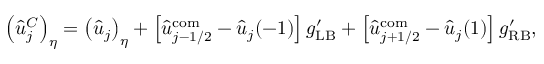
\left( \hat { u } _ { j } ^ { C } \right) _ { \eta } = \left( \hat { u } _ { j } \right) _ { \eta } + \left[ \hat { u } _ { j - 1 / 2 } ^ { \mathrm { c o m } } - \hat { u } _ { j } ( - 1 ) \right] g _ { \mathrm { L B } } ^ { \prime } + \left[ \hat { u } _ { j + 1 / 2 } ^ { \mathrm { c o m } } - \hat { u } _ { j } ( 1 ) \right] g _ { \mathrm { R B } } ^ { \prime } , \